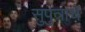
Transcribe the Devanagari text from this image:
सुपुत्राचे